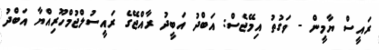
ރައީސް ޔާމީން - ވަގުތު އިމޭޖެސް: އަބްދު އަބީދު ރާއްޖޭގެ ރައީސުލްޖުމްހޫރިއްޔާ އަބްދު